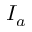
I _ { a }